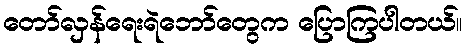
တော်လှန်ရေးရဲဘော်တွေက ပြောကြပါတယ်။